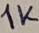
Text: 1K